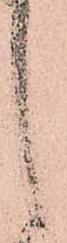
之